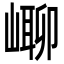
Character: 㟹